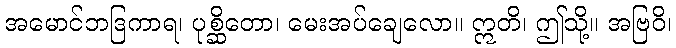
အမောင်ဘဒြကာရ၊ ပုစ္ဆိတော၊ မေးအပ်ချေလော။ ဣတိ၊ ဤသို့။ အဗြဝိ၊